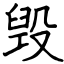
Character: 毁